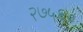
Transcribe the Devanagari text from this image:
२७५६०